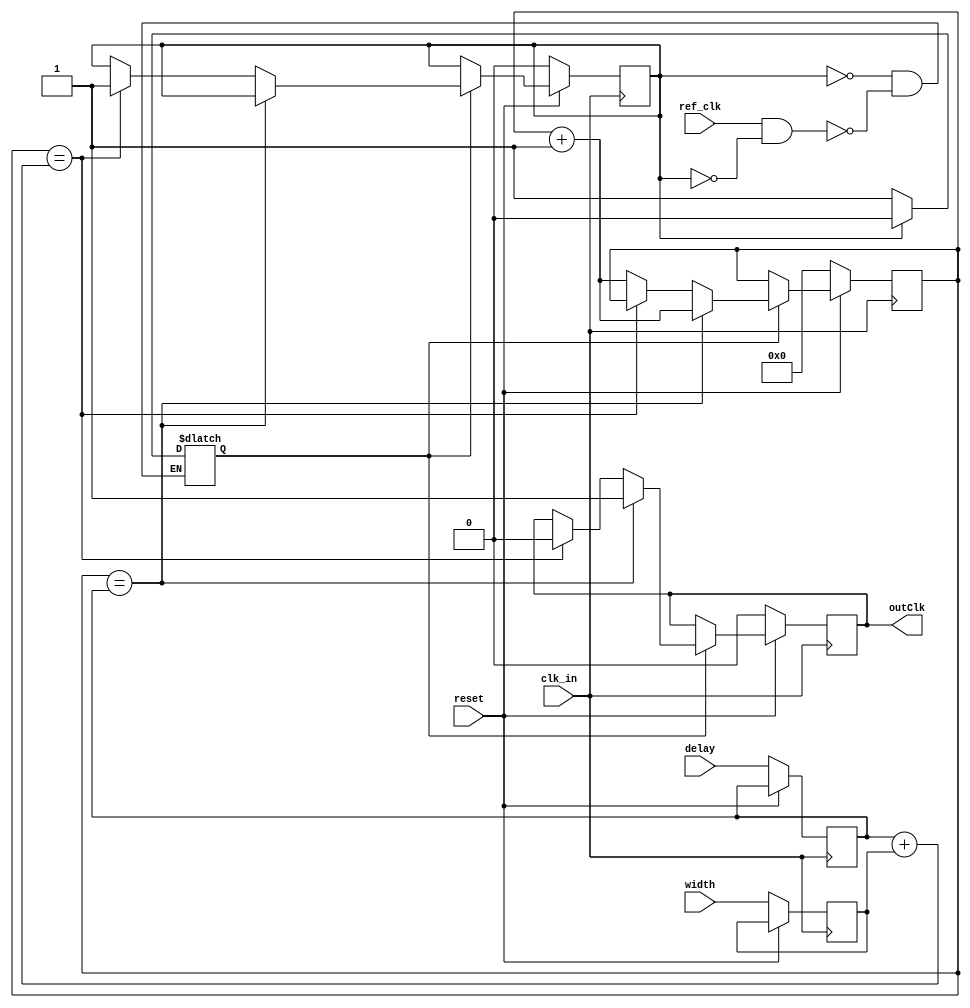
//Verilog HDL for "2016_PhotoShank", "TCU" "functional"

//AT explanation
//fundamentally it works on 2 clocks that are input
//'reset' is a slow clock that determines the base frequency 
	// TRIGGER in the padframe -> reset
//'clk_in' is a clock that determines the fast interpolation
	//CLK_IN in the padframe -> Phase interpolators (PIs)
			//PIA -> REF_CLK
			//PI0 -> CLK_IN_0
			//PI1 -> CLK_IN_1

			
//Now we have 2 fast clocks generated:
	//REF_CLK signals the start of counting by asserting clkPass
	//clk_in creates outClk synchronously
		//outClk stays high for width*clk_in
		//outClk is delayed by delay*clk_in



//Then, the output is compared between two TCU as an easy frequency doubling and phase comparison instrument


//[confirmed] So in order to make a 20MHz, 20% duty cycle clock on the output of the TCU comparator:
//reset = 20  MHz
//clkin = 100 MHz
//refclk = 100 MHz
//width of both TCU = 2 cycles
//delay0 = 0 cycles
//delay1 = 1 cycles

//Its best to use an input clock as low as possible
//This creates the cleanest clock through the lowpass filtering of the routing



//Now the phase interpolators should be adjusted to make the phase work arbitrarily


module TCU_v4 (reset, ref_clk, clk_in, delay, width, outClk);

input reset;
input ref_clk;
input clk_in;
input [5:0] delay;
input [5:0] width;
output outClk;

reg [5:0] delay_reg;
reg [5:0] width_reg;

reg [5:0] clk_counter;
reg outClk;
reg done; 

reg clkPass;

// when ref_clk goes high and done is low, allow
// clk_in to propagate through to the counter.
//
// negedge clk_in should always trigger loads during 
// reset.
//
// use the done signal to determine the state

always @ ( done or ref_clk ) begin
  if ( ref_clk & !done )
    clkPass = 1'b1;
  if ( done )
    clkPass = 1'b0;
end

//The output is fully synchronous (on and off) to CLKIN
	//either by clkpass
	//or directly by reset 
	
//The clkPass turns on with RefCLK 
//The clkPass turns off with RefCLK 
	//when done = 1



// getting power compiler to infer the gate:
// include an enable condition
// no setup condition for this because the enable signal is not clocked by
//  the same clock
// width condition
always @(posedge clk_in) begin
	if ( !reset ) begin
		delay_reg <= delay;
		width_reg <= width;
		done <= 1'b0;
		clk_counter <= 0;
		outClk <= 0;
	end
	else if ( clkPass ) begin
		if(clk_counter==delay_reg) begin
			outClk <= 1'b1;
			clk_counter <= clk_counter+1;
		end
		else if( clk_counter == delay_reg+width_reg) begin
			outClk <= 1'b0;
			done <= 1'b1;
		end
		else
			clk_counter <= clk_counter+1;
		end	
	else
	clk_counter <= clk_counter;
end

endmodule